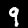
Label: 9